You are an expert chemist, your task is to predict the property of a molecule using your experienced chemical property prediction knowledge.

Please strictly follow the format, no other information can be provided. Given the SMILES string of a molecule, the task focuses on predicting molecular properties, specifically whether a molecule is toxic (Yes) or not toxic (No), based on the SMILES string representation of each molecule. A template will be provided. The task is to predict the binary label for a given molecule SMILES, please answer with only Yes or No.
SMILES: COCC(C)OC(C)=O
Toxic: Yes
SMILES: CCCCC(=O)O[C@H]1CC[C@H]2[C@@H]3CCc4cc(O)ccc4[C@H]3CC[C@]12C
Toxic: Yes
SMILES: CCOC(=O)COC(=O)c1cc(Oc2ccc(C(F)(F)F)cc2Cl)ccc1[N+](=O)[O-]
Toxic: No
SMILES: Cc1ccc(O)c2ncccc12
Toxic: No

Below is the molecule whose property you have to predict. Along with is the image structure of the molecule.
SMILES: CCN(CC)CC
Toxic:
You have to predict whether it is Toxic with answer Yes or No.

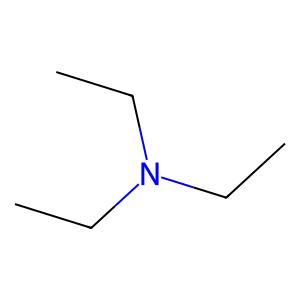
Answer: No